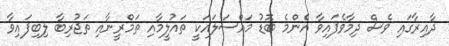
ދާއިރާގައި ވެސް ދިމާވެފައިވާ އެންމެ ބޮޑު މައްސަލައަކީ ތައުލީމާއި ތަމްރީނާއި ތަޖުރިބާ ލިބިފައިވާ